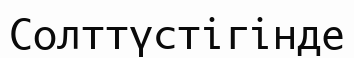
Солттүстігінде